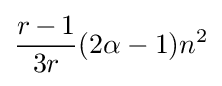
{\frac {r\,{-}\,1}{3r}}(2\alpha -1)n^{2}